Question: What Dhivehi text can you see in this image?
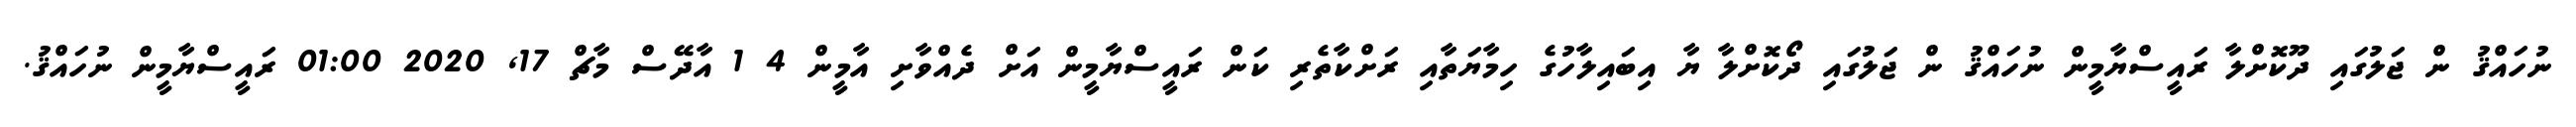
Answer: ނުހައްޤު ން ޖަލުގައި ދޫކޮށްލާ ރައީސްޔާމީން ނުހައްޤު ން ޖަލުގައި ދޯކޮށްލާ ޔާ އިބައިލާހުގެ ހިމާޔަތާއި ރަށްކާތެރި ކަން ރައީސްޔާމީން އަށް ދެއްވާށި އާމީން 4 1 އާދޭސް މާޗް 17, 2020 01:00 ރައީސްޔާމީން ނުހައްޤު.